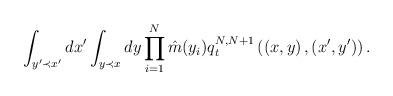
LaTeX: \begin{align*}\int_{y'\prec x'}^{}dx'\int_{y\prec x}^{}dy \prod_{i=1}^{N}\hat{m}(y_i)q_t^{N,N+1}\left(\left(x,y\right),\left(x',y'\right)\right).\end{align*}